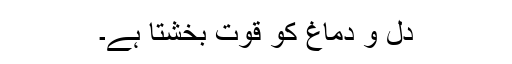
دِل و دماغ کو قوت بخشتا ہے۔